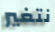
نتغير